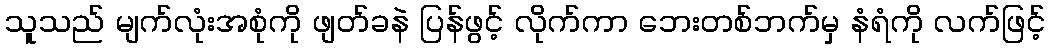
သူသည် မျက်လုံးအစုံကို ဖျတ်ခနဲ ပြန်ဖွင့် လိုက်ကာ ဘေးတစ်ဘက်မှ နံရံကို လက်ဖြင့်